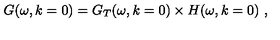
G ( \omega , k = 0 ) = G _ { T } ( \omega , k = 0 ) \times H ( \omega , k = 0 ) \ ,